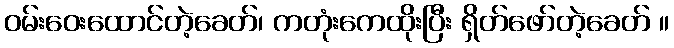
ဝမ်းဝေးထောင်တဲ့ခေတ်၊ ကတုံးကေထိုးပြီး ရှိတ်ဖော်တဲ့ခေတ် ။